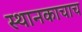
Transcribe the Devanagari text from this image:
स्थानकाचाच